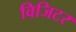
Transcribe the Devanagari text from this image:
विजिटर